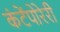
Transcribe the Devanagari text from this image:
कंटेंपोरेरी